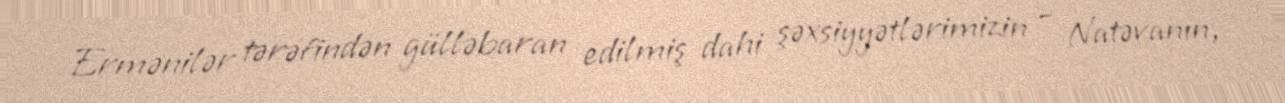
Ermənilər tərəfindən gülləbaran edilmiş dahi şəxsiyyətlərimizin – Natəvanın,